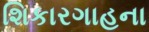
શિકારગાહના